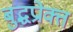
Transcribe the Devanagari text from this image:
बुद्धप्रोक्त